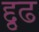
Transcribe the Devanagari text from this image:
द्दृढ